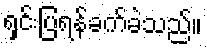
ရှင်းပြရန်ခက်ခဲသည်။